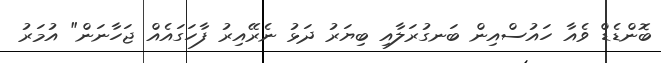
ބޮންޑެޑް ވެއާ ހައުސްއިން ބަނގުރަލާއި ބިޔަރު ދަޅު ނެރޭއިރު ފާހަގައެއް ޖަހާނަން" އުމަރު